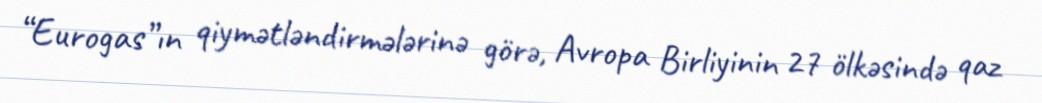
“Eurogas”ın qiymətləndirmələrinə görə, Avropa Birliyinin 27 ölkəsində qaz